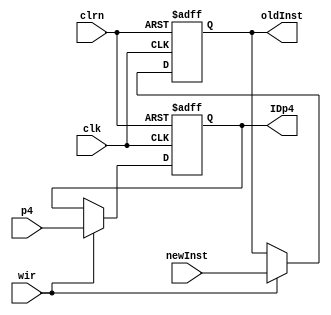
`timescale 1ns / 1ps
//////////////////////////////////////////////////////////////////////////////////
// Company: 
// Engineer: 
// 
// Design Name: 
// Module Name:    pipe_inst_reg 
// Project Name: 
// Target Devices: 
// Tool versions: 
// Description: 
//
// Dependencies: 
//
// Revision: 
// Revision 0.01 - File Created
// Additional Comments: 
//
//////////////////////////////////////////////////////////////////////////////////
module pipe_inst_reg(newInst,clk,clrn,wir,p4,
							oldInst,IDp4
    );
	 input [31:0] newInst;
	 input [31:0] p4;
	 input clk,clrn;
	 input wir;
	 output [31:0] oldInst;
	 output [31:0] IDp4;

	  reg [31:0] oldInst;
	  reg [31:0] IDp4;
	  always @(negedge clrn or posedge clk)
			if(clrn == 0)
				begin
					oldInst <= 0;
					IDp4 <= 0;
				end
			else
				begin
					if(wir)
						begin
						oldInst <= newInst;
						IDp4 <= p4;
						end
				end
		initial
			begin
				oldInst = 0;
				IDp4 = 0;
			end
endmodule